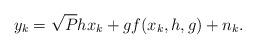
LaTeX: \begin{align*}y_{k} = \sqrt{P} hx_{k} + g f(x_{k}, h, g) + n_{k}.\end{align*}